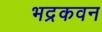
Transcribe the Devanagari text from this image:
भद्रकवन